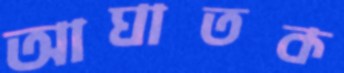
আঘাতক